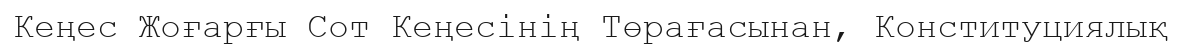
Кеңес Жоғарғы Сот Кеңесінің Төрағасынан, Конституциялық